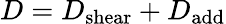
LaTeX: D=D_{\mathrm{shear}}+D_{\mathrm{add}}